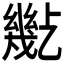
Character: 𢇒